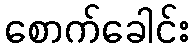
စောက်ခေါင်း